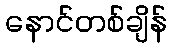
နောင်တစ်ချိန်